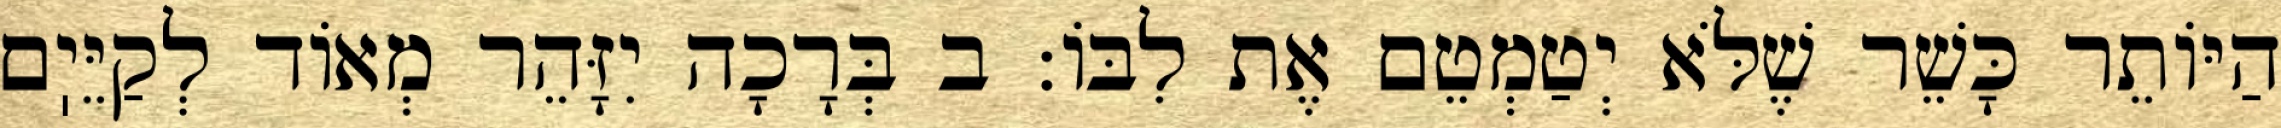
הַיּוֹתֵר כָּשֵׁר שֶׁלֹּא יְטַמְטֵם אֶת לִבּוֹ: ב בְּרָכָה יִזָּהֵר מְאוֹד לְקַיֵּיֽם